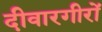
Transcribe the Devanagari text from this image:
दीवारगीरों